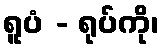
ရူပံ - ရုပ်ကို၊